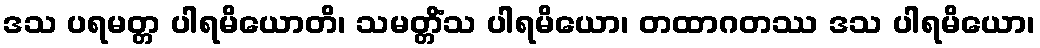
ဒသ ပရမတ္တ ပါရမိယောတိ၊ သမတ္တိံသ ပါရမိယော၊ တထာဂတဿ ဒသ ပါရမိယော၊